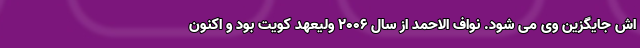
اش جایگزین وی می شود. نواف الاحمد از سال 2006 ولیعهد کویت بود و اکنون